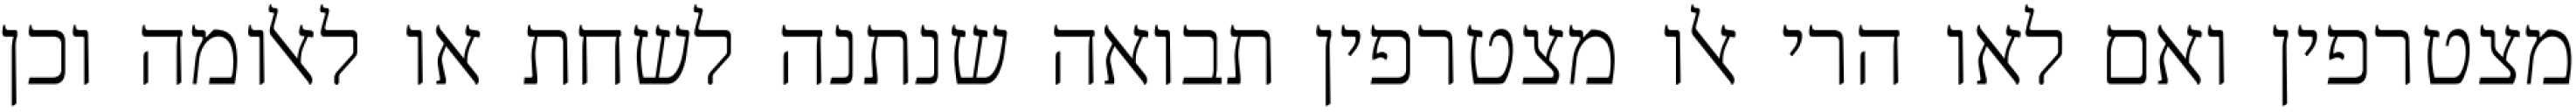
מצטרפין ואם לאו הרי אלו מצטרפין תבואה שנתנה לשחת או לאלומה וכן